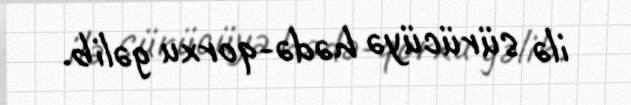
ilə sürücüyə hədə-qorxu gəlib.